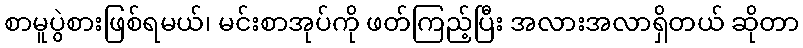
စာမူပွဲစားဖြစ်ရမယ်၊ မင်းစာအုပ်ကို ဖတ်ကြည့်ပြီး အလားအလာရှိတယ် ဆိုတာ